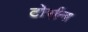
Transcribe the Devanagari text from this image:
टोर्सन